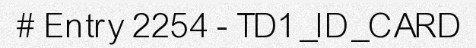
# Entry 2254 - TD1_ID_CARD